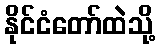
နိုင်ငံတော်ထဲသို့